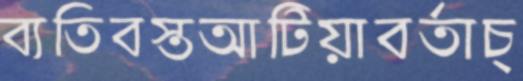
ব্যতিবস্তআটিয়াবর্তাচ্